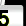
Digit: 5